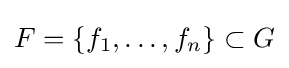
F=\{f_{1},\dots ,f_{n}\}\subset G